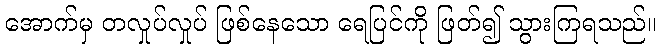
အောက်မှ တလှုပ်လှုပ် ဖြစ်နေသော ရေပြင်ကို ဖြတ်၍ သွားကြရသည်။